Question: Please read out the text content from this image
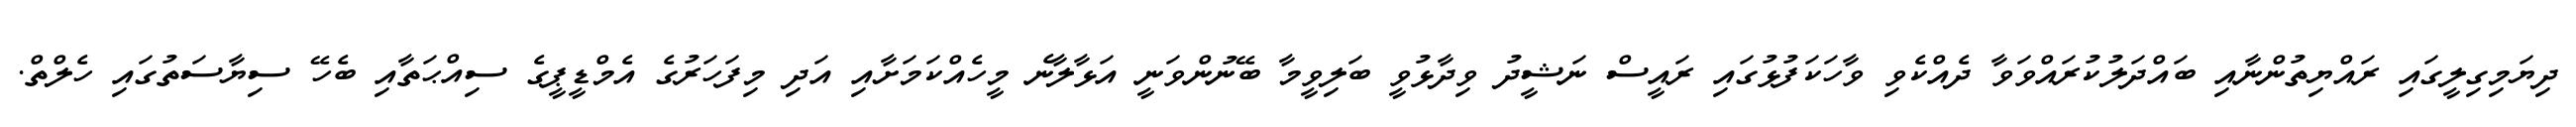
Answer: ދިޔަމިގިލީގައި ރައްޔިތުންނާއި ބައްދަލުކުރައްވަވާ ދެއްކެވި ވާހަކަފުޅުގައި ރައީސް ނަޝީދު ވިދާޅުވީ ބަލިވީމާ ބޭނުންވަނީ އަޅާލާނެ މީހެއްކަމަށާއި އަދި މިފަހަރުގެ އެމްޑީޕީގެ ސިއްޙަތާއި ބެހޭ ސިޔާސަތުގައި ހެލްތް.